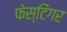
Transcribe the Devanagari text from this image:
फेस्टिंगर